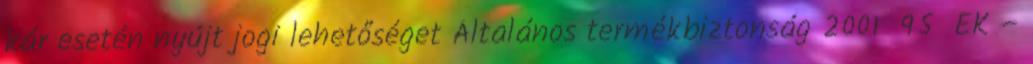
kár esetén nyújt jogi lehetőséget Általános termékbiztonság 2001 95 EK –